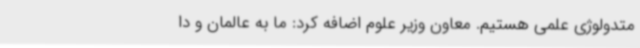
متدولوژی علمی هستیم. معاون وزیر علوم اضافه کرد: ما به عالمان و دا